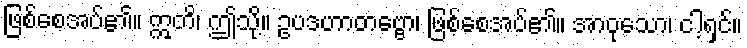
ဖြစ်စေအပ်၏။ ဣတိ၊ ဤသို့။ ဥပဒဟာတဗ္ဗော၊ ဖြစ်စေအပ်၏။ အာဝုသော၊ ငါ့ရှင်။